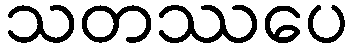
သတဿပေ